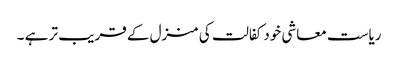
ریاست معاشی خود کفالت کی منزل کے قریب تر ہے ۔